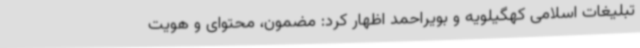
تبلیغات اسلامی کهگیلویه و بویراحمد اظهار کرد: مضمون، محتوای و هویت